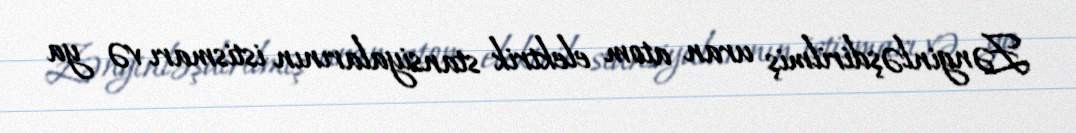
Zənginləşdirilmiş uran atom elektrik stansiyalarının istismarı və ya